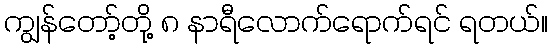
ကျွန်တော့်တို့ ၈ နာရီလောက်ရောက်ရင် ရတယ်။